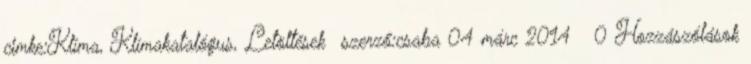
cimke:Klíma, Klímakatalógus, Letöltések szerző:csaba 04 márc 2014 0 Hozzászólások